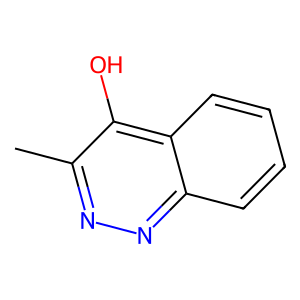
SMILES: Cc1nnc2ccccc2c1O
Inhibits HIV replication: No